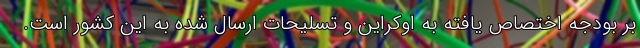
بر بودجه اختصاص یافته به اوکراین و تسلیحات ارسال شده به این کشور است.